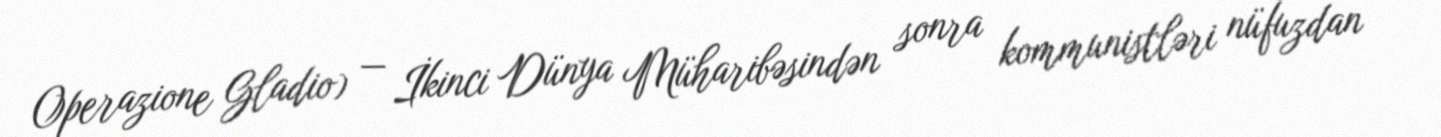
Operazione Gladio) — İkinci Dünya Müharibəsindən sonra kommunistləri nüfuzdan